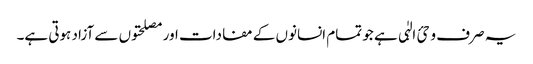
یہ صرف وحئ الہٰی ہے جو تمام انسانوں کے مفادات اور مصلحتوں سے آزاد ہوتی ہے۔